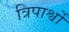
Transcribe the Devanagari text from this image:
त्रिपार्श्वों